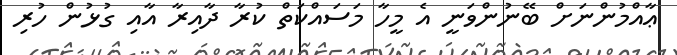
ޢާއްމުންނަށް ބޭނުންވަނީ އެ މީހާ މަސައްކަތް ކުރާ ދާއިރާ އާއި ގުޅުން ހުރި